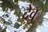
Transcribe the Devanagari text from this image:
देवु